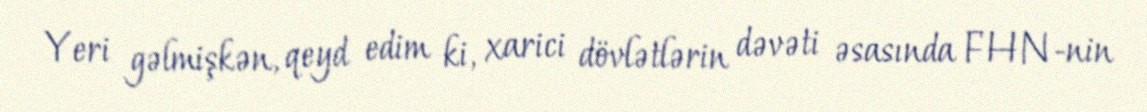
Yeri gəlmişkən, qeyd edim ki, xarici dövlətlərin dəvəti əsasında FHN-nin